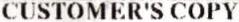
CUSTOMER'S COPY